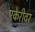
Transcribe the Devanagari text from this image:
एकेरीवर